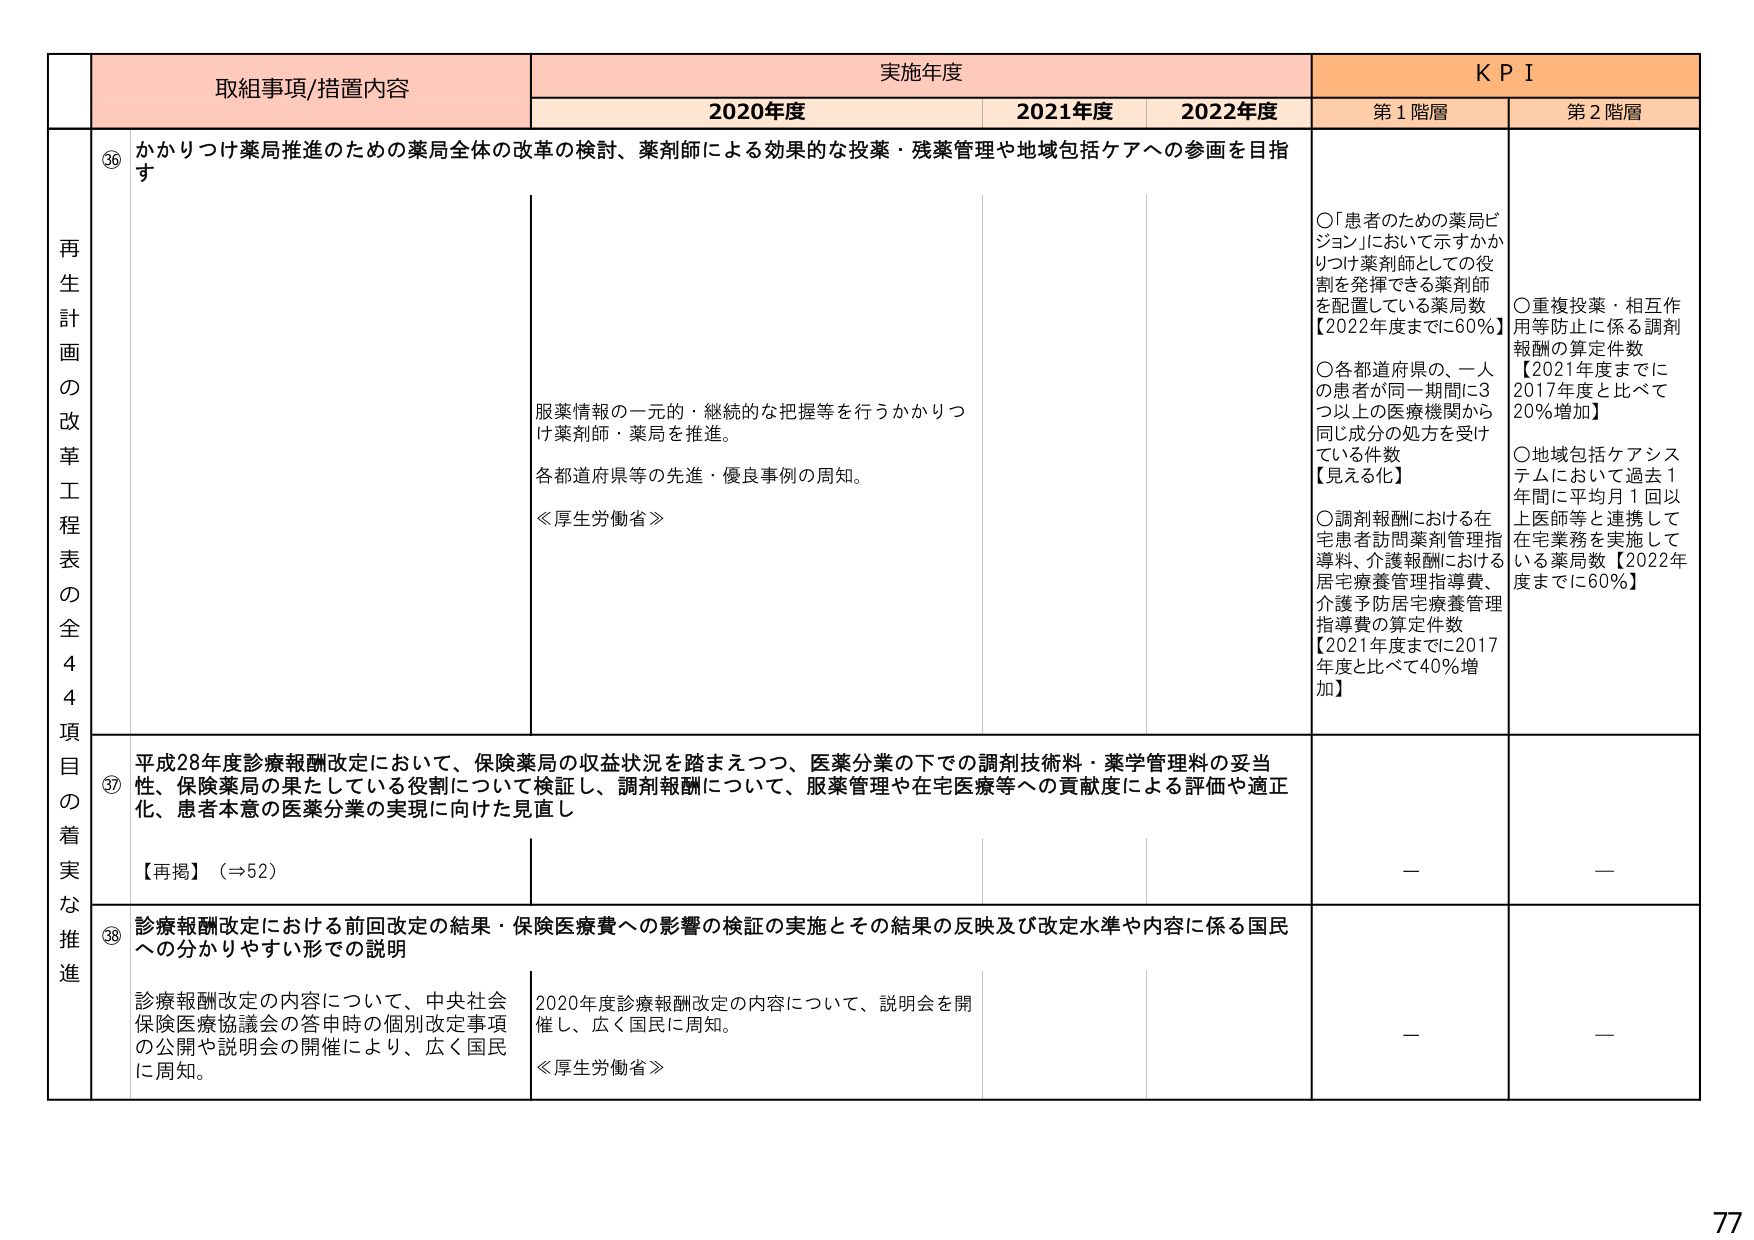
再生計画の改革工程表の全44項目の着実な推進

取組事項/措置内容
実施年度
KPI

2020年度
2021年度
2022年度
第1階層
第2階層

③６
かかりつけ薬局推進のための薬局全体の改革の検討、薬剤師による効果的な投薬・残薬管理や地域包括ケアへの参画を目指す

服薬情報の一元的・継続的な把握等を行うかかりつけ薬剤師・薬局を推進。
各都道府県等の先進・優良事例の周知。
≪厚生労働省≫

〇「患者のための薬局ビジョン」において示すかかりつけ薬剤師としての役割を発揮できる薬剤師を配置している薬局数【2022年度までに60％】
〇各都道府県の、一人の患者が同一期間に3つ以上の医療機関から同じ成分の処方を受けている件数【見える化】
〇調剤報酬における在宅患者訪問薬剤管理指導料、介護報酬における居宅療養管理指導費、介護予防居宅療養管理指導費の算定件数【2021年度までに2017年度と比べて40％増加】

〇重複投薬・相互作用等防止に係る調剤報酬の算定件数【2021年度までに2017年度と比べて20％増加】
〇地域包括ケアシステムにおいて過去1年間に平均月1回以上医師等と連携して在宅業務を実施している薬局数【2022年度までに60％】

③７
平成28年度診療報酬改定において、保険薬局の収益状況を踏まえつつ、医薬分業の下での調剤技術料・薬学管理料の妥当性、保険薬局の果たしている役割について検証し、調剤報酬について、服薬管理や在宅医療等への貢献度による評価や適正化、患者本意の医薬分業の実現に向けた見直し

【再掲】（⇒52）

—

—

③８
診療報酬改定における前回改定の結果・保険医療費への影響の検証の実施とその結果の反映及び改定水準や内容に係る国民への分かりやすい形での説明

診療報酬改定の内容について、中央社会保険医療協議会の答申時の個別改定事項の公開や説明会の開催により、広く国民に周知。
2020年度診療報酬改定の内容について、説明会を開催し、広く国民に周知。
≪厚生労働省≫

—

—

77